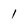
Character: l